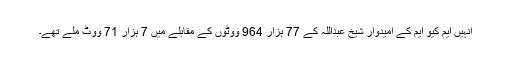
انہیں ایم کیو ایم کے امیدوار شیخ عبداللہ کے 77 ہزار 964 ووٹوں کے مقابلے میں 7 ہزار 71 ووٹ ملے تھے۔